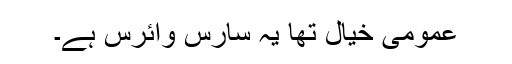
عمومی خیال تھا یہ سارس وائرس ہے۔